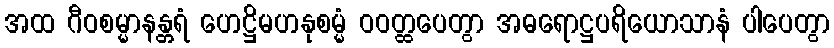
အထ ဂီဝစမ္မာနန္တရံ ဟေဋ္ဌိမဟနုစမ္မံ ဝဝတ္ထပေတွာ အဓရောဋ္ဌပရိယောသာနံ ပါပေတွာ